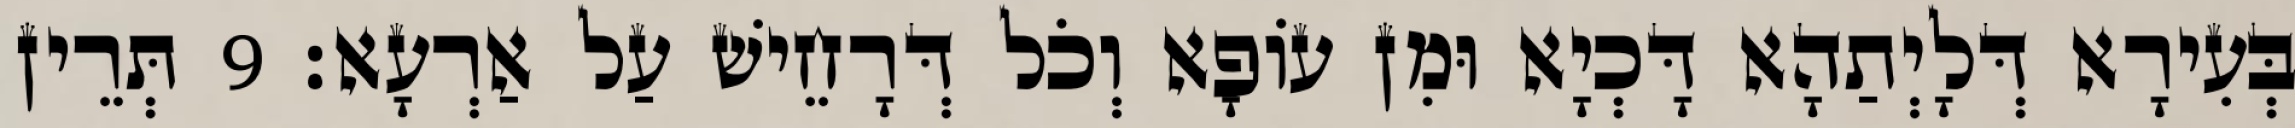
בְּעִירָא דְּלָיְתַהָא דָּכְיָא וּמִן עוֹפָא וְכֹל דְּרָחֵישׁ עַל אַרְעָא׃ 9 תְּרֵין